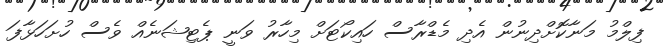
ފިލްމު މަނާކޮށްދިނުން އެދި މެޑްރާސް ހައިކޯޓަށް މިހާރު ވަނީ ޕެޓިޝަނެއް ވެސް ހުށަހަޅާފަ